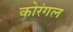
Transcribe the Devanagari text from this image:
कोरंगल